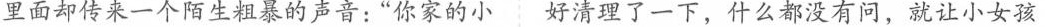
里面却传来一个陌生粗暴的声音：”你家的小好清理了一下，什么都没有问，就让小女孩